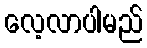
လေ့လာပါမည်